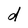
Character: d